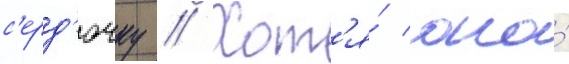
с'ерд'ючку // Хот'я́ она́